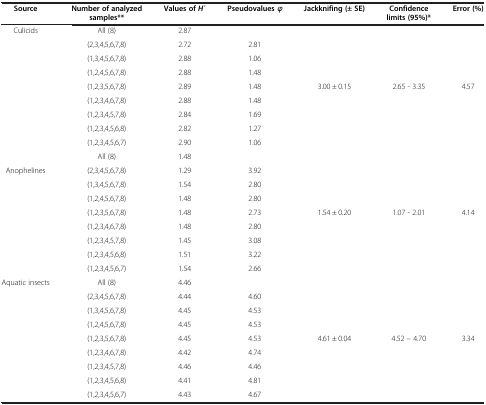
<table><thead><tr><td><b>Source</b></td><td><b>Number of analyzed samples**</b></td><td><b>Values of <i>H</i> ́</b></td><td><b>Pseudovalues <i>φ</i></b></td><td><b>Jackknifing (± SE)</b></td><td><b>Confidence limits (95%)*</b></td><td><b>Error (%)</b></td></tr></thead><tbody><tr><td>Culicids</td><td>All (8)</td><td>2.87</td><td>[EMPTY_CELL]</td><td>[EMPTY_CELL]</td><td>[EMPTY_CELL]</td><td>[EMPTY_CELL]</td></tr><tr><td>[EMPTY_CELL]</td><td>(2,3,4,5,6,7,8)</td><td>2.72</td><td>2.81</td><td>[EMPTY_CELL]</td><td>[EMPTY_CELL]</td><td>[EMPTY_CELL]</td></tr><tr><td>[EMPTY_CELL]</td><td>(1,3,4,5,6,7,8)</td><td>2.88</td><td>1.06</td><td>[EMPTY_CELL]</td><td>[EMPTY_CELL]</td><td>[EMPTY_CELL]</td></tr><tr><td>[EMPTY_CELL]</td><td>(1,2,4,5,6,7,8)</td><td>2.88</td><td>1.48</td><td>[EMPTY_CELL]</td><td>[EMPTY_CELL]</td><td>[EMPTY_CELL]</td></tr><tr><td>[EMPTY_CELL]</td><td>(1,2,3,5,6,7,8)</td><td>2.89</td><td>1.48</td><td>3.00 ± 0.15</td><td>2.65 - 3.35</td><td>4.57</td></tr><tr><td>[EMPTY_CELL]</td><td>(1,2,3,4,6,7,8)</td><td>2.88</td><td>1.48</td><td>[EMPTY_CELL]</td><td>[EMPTY_CELL]</td><td>[EMPTY_CELL]</td></tr><tr><td>[EMPTY_CELL]</td><td>(1,2,3,4,5,7,8)</td><td>2.84</td><td>1.69</td><td>[EMPTY_CELL]</td><td>[EMPTY_CELL]</td><td>[EMPTY_CELL]</td></tr><tr><td>[EMPTY_CELL]</td><td>(1,2,3,4,5,6,8)</td><td>2.82</td><td>1.27</td><td>[EMPTY_CELL]</td><td>[EMPTY_CELL]</td><td>[EMPTY_CELL]</td></tr><tr><td>[EMPTY_CELL]</td><td>(1,2,3,4,5,6,7)</td><td>2.90</td><td>1.06</td><td>[EMPTY_CELL]</td><td>[EMPTY_CELL]</td><td>[EMPTY_CELL]</td></tr><tr><td>[EMPTY_CELL]</td><td>All (8)</td><td>1.48</td><td>[EMPTY_CELL]</td><td>[EMPTY_CELL]</td><td>[EMPTY_CELL]</td><td>[EMPTY_CELL]</td></tr><tr><td>Anophelines</td><td>(2,3,4,5,6,7,8)</td><td>1.29</td><td>3.92</td><td>[EMPTY_CELL]</td><td>[EMPTY_CELL]</td><td>[EMPTY_CELL]</td></tr><tr><td>[EMPTY_CELL]</td><td>(1,3,4,5,6,7,8)</td><td>1.54</td><td>2.80</td><td>[EMPTY_CELL]</td><td>[EMPTY_CELL]</td><td>[EMPTY_CELL]</td></tr><tr><td>[EMPTY_CELL]</td><td>(1,2,4,5,6,7,8)</td><td>1.48</td><td>2.80</td><td>[EMPTY_CELL]</td><td>[EMPTY_CELL]</td><td>[EMPTY_CELL]</td></tr><tr><td>[EMPTY_CELL]</td><td>(1,2,3,5,6,7,8)</td><td>1.48</td><td>2.73</td><td>1.54 ± 0.20</td><td>1.07 - 2.01</td><td>4.14</td></tr><tr><td>[EMPTY_CELL]</td><td>(1,2,3,4,6,7,8)</td><td>1.48</td><td>2.80</td><td>[EMPTY_CELL]</td><td>[EMPTY_CELL]</td><td>[EMPTY_CELL]</td></tr><tr><td>[EMPTY_CELL]</td><td>(1,2,3,4,5,7,8)</td><td>1.45</td><td>3.08</td><td>[EMPTY_CELL]</td><td>[EMPTY_CELL]</td><td>[EMPTY_CELL]</td></tr><tr><td>[EMPTY_CELL]</td><td>(1,2,3,4,5,6,8)</td><td>1.51</td><td>3.22</td><td>[EMPTY_CELL]</td><td>[EMPTY_CELL]</td><td>[EMPTY_CELL]</td></tr><tr><td>[EMPTY_CELL]</td><td>(1,2,3,4,5,6,7)</td><td>1.54</td><td>2.66</td><td>[EMPTY_CELL]</td><td>[EMPTY_CELL]</td><td>[EMPTY_CELL]</td></tr><tr><td>Aquatic insects</td><td>All (8)</td><td>4.46</td><td>[EMPTY_CELL]</td><td>[EMPTY_CELL]</td><td>[EMPTY_CELL]</td><td>[EMPTY_CELL]</td></tr><tr><td>[EMPTY_CELL]</td><td>(2,3,4,5,6,7,8)</td><td>4.44</td><td>4.60</td><td>[EMPTY_CELL]</td><td>[EMPTY_CELL]</td><td>[EMPTY_CELL]</td></tr><tr><td>[EMPTY_CELL]</td><td>(1,3,4,5,6,7,8)</td><td>4.45</td><td>4.53</td><td>[EMPTY_CELL]</td><td>[EMPTY_CELL]</td><td>[EMPTY_CELL]</td></tr><tr><td>[EMPTY_CELL]</td><td>(1,2,4,5,6,7,8)</td><td>4.45</td><td>4.53</td><td>[EMPTY_CELL]</td><td>[EMPTY_CELL]</td><td>[EMPTY_CELL]</td></tr><tr><td>[EMPTY_CELL]</td><td>(1,2,3,5,6,7,8)</td><td>4.45</td><td>4.53</td><td>4.61 ± 0.04</td><td>4.52 – 4.70</td><td>3.34</td></tr><tr><td>[EMPTY_CELL]</td><td>(1,2,3,4,6,7,8)</td><td>4.42</td><td>4.74</td><td>[EMPTY_CELL]</td><td>[EMPTY_CELL]</td><td>[EMPTY_CELL]</td></tr><tr><td>[EMPTY_CELL]</td><td>(1,2,3,4,5,7,8)</td><td>4.46</td><td>4.46</td><td>[EMPTY_CELL]</td><td>[EMPTY_CELL]</td><td>[EMPTY_CELL]</td></tr><tr><td>[EMPTY_CELL]</td><td>(1,2,3,4,5,6,8)</td><td>4.41</td><td>4.81</td><td>[EMPTY_CELL]</td><td>[EMPTY_CELL]</td><td>[EMPTY_CELL]</td></tr><tr><td>[EMPTY_CELL]</td><td>(1,2,3,4,5,6,7)</td><td>4.43</td><td>4.67</td><td>[EMPTY_CELL]</td><td>[EMPTY_CELL]</td><td>[EMPTY_CELL]</td></tr></tbody></table>